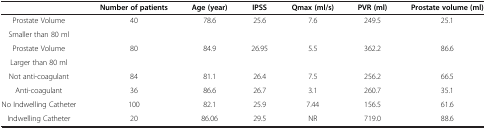
|  | Number of patients | Age (year) | IPSS | Qmax (ml/s) | PVR (ml) | Prostate volume (ml) |
 | --- | --- | --- | --- | --- | --- | --- |
 | Prostate Volume | <ROWSPAN=2> 40 | <ROWSPAN=2> 78.6 | <ROWSPAN=2> 25.6 | <ROWSPAN=2> 7.6 | <ROWSPAN=2> 249.5 | <ROWSPAN=2> 25.1 |
 | Smaller than 80 ml |
 | Prostate Volume | <ROWSPAN=2> 80 | <ROWSPAN=2> 84.9 | <ROWSPAN=2> 26.95 | <ROWSPAN=2> 5.5 | <ROWSPAN=2> 362.2 | <ROWSPAN=2> 86.6 |
 | Larger than 80 ml |
 | Not anti-coagulant | 84 | 81.1 | 26.4 | 7.5 | 256.2 | 66.5 |
 | Anti-coagulant | 36 | 86.6 | 26.7 | 3.1 | 260.7 | 35.1 |
 | No Indwelling Catheter | 100 | 82.1 | 25.9 | 7.44 | 156.5 | 61.6 |
 | Indwelling Catheter | 20 | 86.06 | 29.5 | NR | 719.0 | 88.6 |